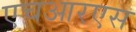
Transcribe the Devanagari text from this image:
एचआरएस